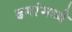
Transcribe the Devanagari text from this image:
ढगांमध्ये